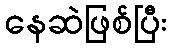
နေဆဲဖြစ်ပြီး